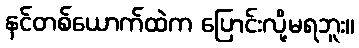
နင်တစ်ယောက်ထဲက ပြောင်းလို့မရဘူး။